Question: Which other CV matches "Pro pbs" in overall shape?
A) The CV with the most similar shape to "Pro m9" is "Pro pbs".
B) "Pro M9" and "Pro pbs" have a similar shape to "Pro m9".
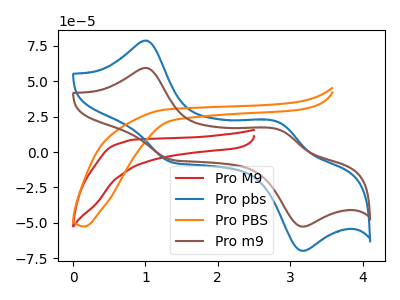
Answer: <think>The red curve "Pro M9" has no peaks. The blue curve "Pro pbs" has anodic peaks at (1.00V, 78.45uA) (2.85V, 20.80uA) and cathodic peaks at (1.35V, -7.15uA) (3.15V, -69.60uA). The orange curve "Pro PBS" has no peaks. The brown curve "Pro m9" has anodic peaks at (1.00V, 59.20uA) (2.85V, 15.70uA) and cathodic peaks at (1.35V, -5.40uA) (3.15V, -52.55uA).
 "Pro M9" and "Pro pbs" have a different number of peaks. Neither "Pro M9" or "Pro PBS" have any peaks. "Pro M9" and "Pro m9" have a different number of peaks. "Pro pbs" and "Pro PBS" have a different number of peaks. All the peaks in "Pro pbs" have a peak in "Pro m9" at the same potential. Every peak in "Pro pbs" is higher than every peak in "Pro m9". "Pro PBS" and "Pro m9" have a different number of peaks.</think>
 <answer>A) The CV with the most similar shape to "Pro m9" is "Pro pbs".</answer>
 <eval>A</eval>